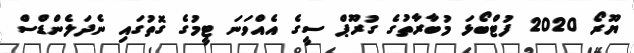
ޔޫރޯ 2020 ފުޓްބޯޅަ މުބާރާތުގެ ގުރޫޕް ސީގެ އެއްވަނަ ޓީމުގެ ގޮތުގައި ނެދަލެންޑްސް